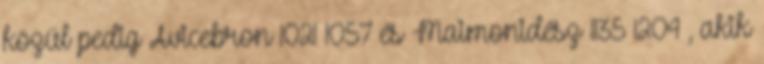
közül pedig Avicebron 1021–1057 és Maimonidész 1135–1204 , akik